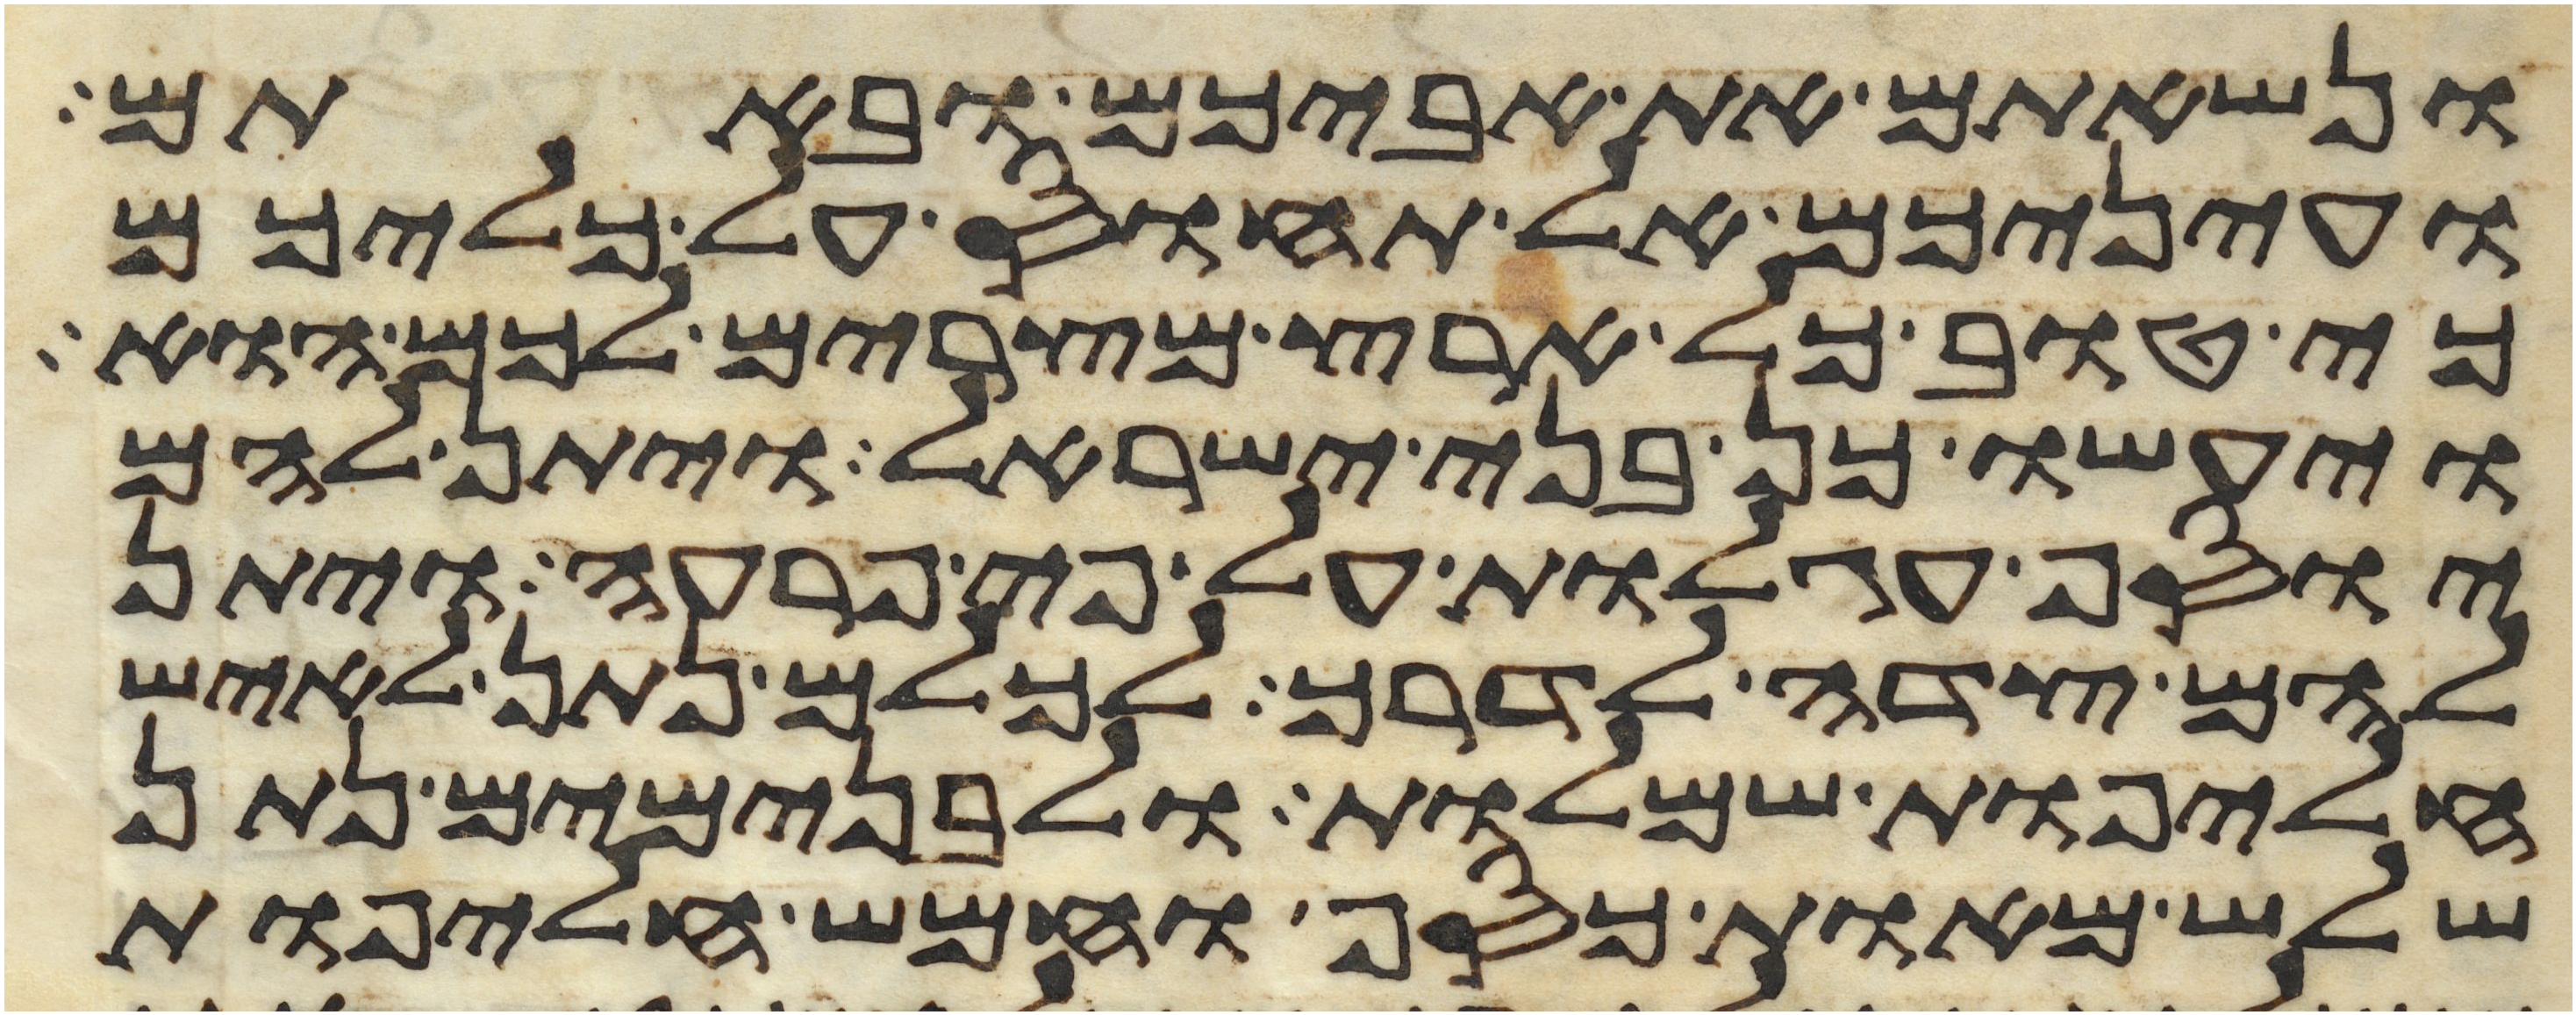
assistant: ונשאתם את אביכם ובאתם
ועיניכם אל תחוס על כליכם
כי טוב כל ארץ מצרים לכם הוא
ויעשו כן בני ישראל ויתן להם
יוסף עגלות על פי פרעה ויתן
להם צדה לדרך לכלם נתן לאיש
חליפות שמלות ולבנימים נתן
שלש מאות כסף וחמש חליפות